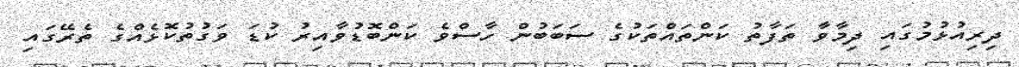
ދިރިއުޅުމުގައި ދިމާވާ ތަފާތު ކަންތައްތަކުގެ ސަބަބުން ހާސްވެ ކަންބޮޑުވާއިރު ކުޑަ ވަގުތުކޮޅެއްގެ ތެރޭގައި